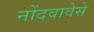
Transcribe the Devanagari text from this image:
नोंदवावेसे